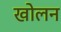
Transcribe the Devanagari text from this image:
खोलन